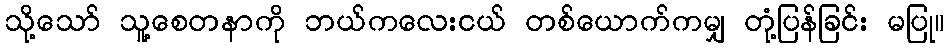
သို့သော် သူ့စေတနာကို ဘယ်ကလေးငယ် တစ်ယောက်ကမျှ တုံ့ပြန်ခြင်း မပြု။